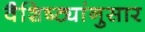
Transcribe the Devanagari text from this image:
वैशिष्ट्यांनुसार